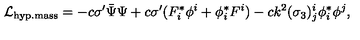
{ \cal L } _ { \mathrm { h y p . m a s s } } = - c \sigma ^ { \prime } \bar { \Psi } \Psi + c \sigma ^ { \prime } ( F _ { i } ^ { * } \phi ^ { i } + \phi _ { i } ^ { * } F ^ { i } ) - c k ^ { 2 } ( \sigma _ { 3 } ) _ { j } ^ { i } \phi _ { i } ^ { * } \phi ^ { j } ,